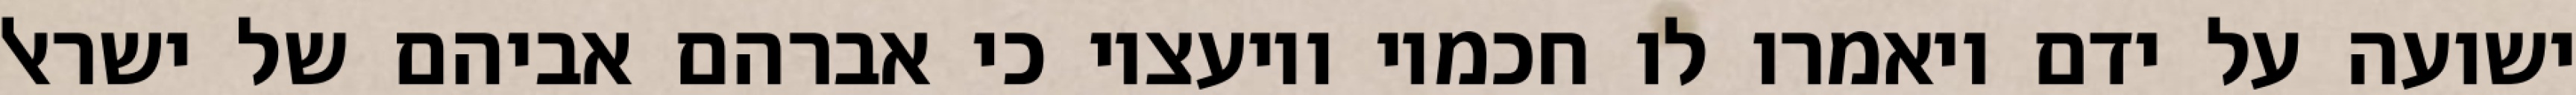
ישועה על ידם ויאמרו לו חכמיו ויועציו כי אברהם אביהם של ישראל